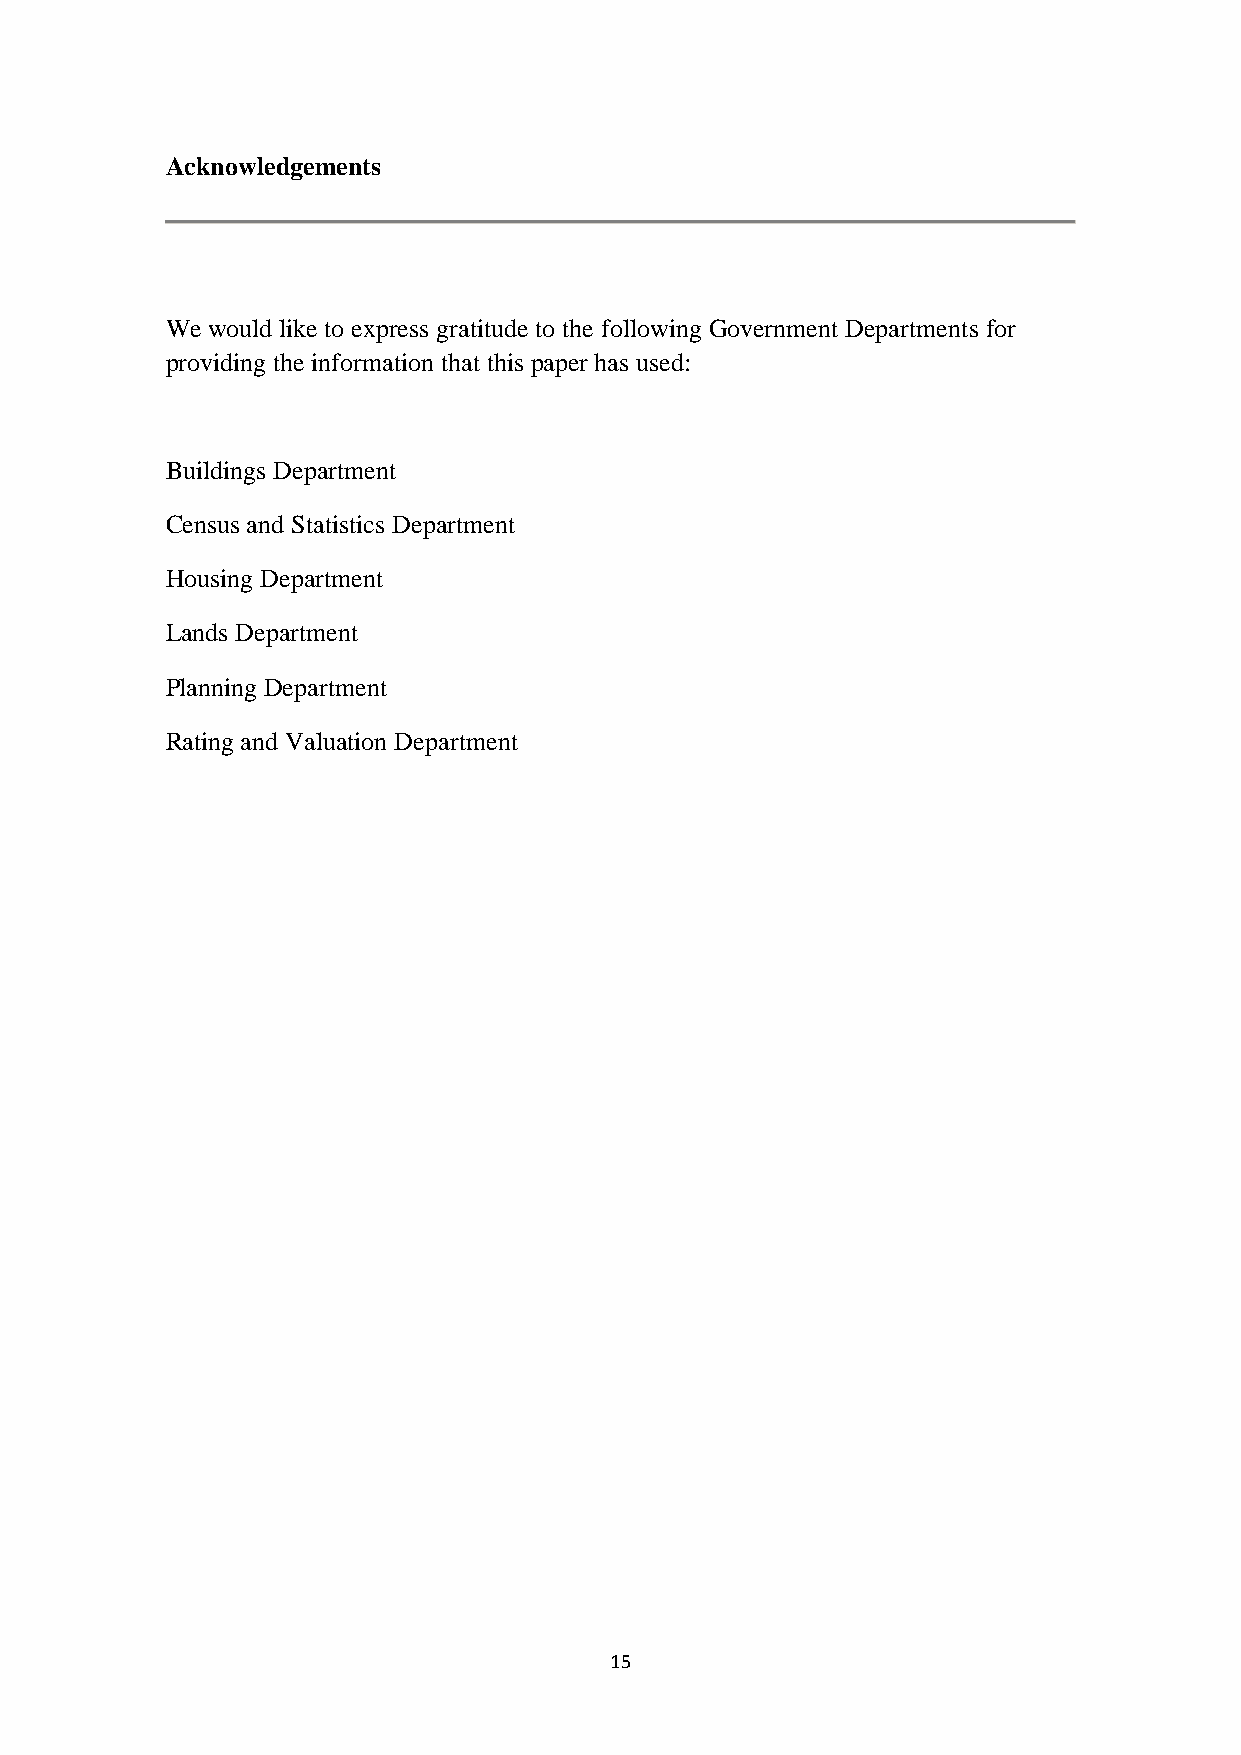
Acknowledgements
 We would like to express gratitude to the following Government Departments for
 providing the information that this paper has used:
 Buildings Department
 Census and Statistics Department
 Housing Department
 Lands Department
 Planning Department
 Rating and Valuation Department
 15